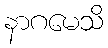
နာဂမေသိ